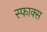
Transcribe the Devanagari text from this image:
स्फाक्स